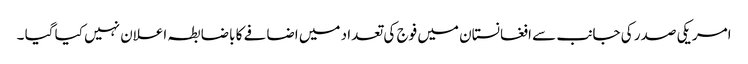
امریکی صدر کی جانب سے افغانستان میں فوج کی تعدا د میں اضافے کا باضابطہ اعلان نہیں کیا گیا ۔